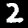
Digit: 2